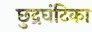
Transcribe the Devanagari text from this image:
छुद्रघंटिका